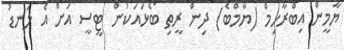
ޔާމީން އިބްރާހިމް (ޔާމްބެ) ދިން ރީތި ބޯޅައަކުން ޓީސީ އަށް އެ ލަނޑު